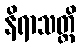
နိရာသတ္တိ